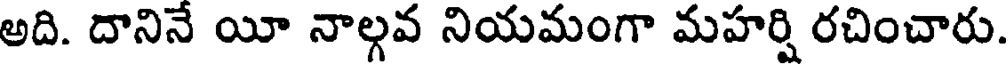
అది. దానినే యీ నాల్గవ నియమంగా మహర్షి రచించారు.